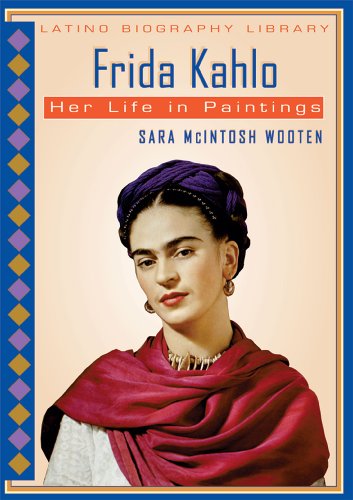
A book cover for Frida Kahlo: Her Life in Paintings (Latino Biography Library); Sara McIntosh Wooten; Teen & Young Adult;